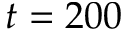
t = 2 0 0